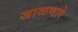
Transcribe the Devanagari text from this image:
जाळणारे